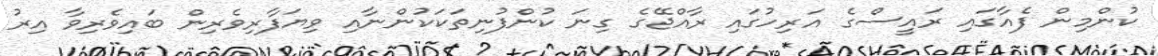
ކުންމިން ފެއާގައި ރައީސްގެ އަރިހުގައި ރާއްޖޭގެ ގިނަ ކުންފުނިތަކަކުންނާއި ވިޔަފާރިވެރިން ބައިވެރިވާ އިރު